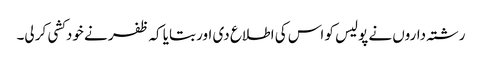
رشتہ داروں نے پولیس کو اس کی اطلاع دی اور بتایا کہ ظفر نے خودکشی کر لی۔